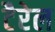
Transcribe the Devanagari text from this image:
टैरेल